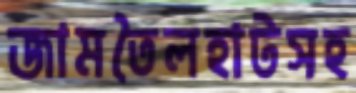
জামতৈলহাটসহ